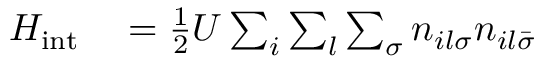
\begin{array} { r l } { H _ { \mathrm { i n t } } } & { { } = \frac { 1 } { 2 } U \sum _ { i } \sum _ { l } \sum _ { \sigma } n _ { i l \sigma } n _ { i l \bar { \sigma } } } \end{array}